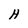
Character: H